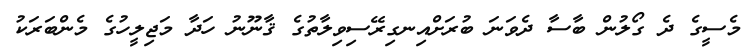
މެސީގެ ދެ ގޯލުން ބާސާ ދެވަނަ ބުރަށްއިނގިރޭސިވިލާތުގެ ޤާނޫނު ހަދާ މަޖިލީހުގެ މެންބަރަކު